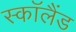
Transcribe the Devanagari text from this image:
स्काॅलैंड